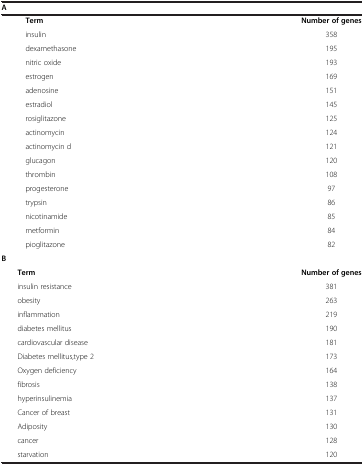
| A |  |
 | --- | --- |
 | Term | Number of genes |
 | insulin | 358 |
 | dexamethasone | 195 |
 | nitric oxide | 193 |
 | estrogen | 169 |
 | adenosine | 151 |
 | estradiol | 145 |
 | rosiglitazone | 125 |
 | actinomycin | 124 |
 | actinomycin d | 121 |
 | glucagon | 120 |
 | thrombin | 108 |
 | progesterone | 97 |
 | trypsin | 86 |
 | nicotinamide | 85 |
 | metformin | 84 |
 | pioglitazone | 82 |
 | B |  |
 | Term | Number of genes |
 | insulin resistance | 381 |
 | obesity | 263 |
 | inflammation | 219 |
 | diabetes mellitus | 190 |
 | cardiovascular disease | 181 |
 | Diabetes mellitus,type 2 | 173 |
 | Oxygen deficiency | 164 |
 | fibrosis | 138 |
 | hyperinsulinemia | 137 |
 | Cancer of breast | 131 |
 | Adiposity | 130 |
 | cancer | 128 |
 | starvation | 120 |